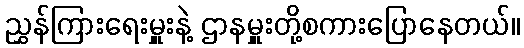
ညွှန်ကြားရေးမှူးနဲ့ ဌာနမှူးတို့စကားပြောနေတယ်။